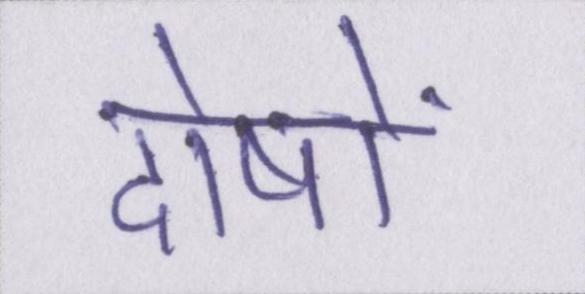
दोषों